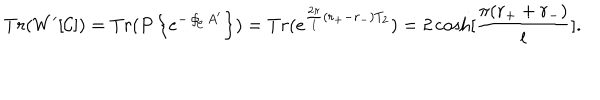
T r ( W ^ { \prime } [ { \cal C } ] ) = T r ( P \left\{ e ^ { - \oint _ { \cal C } A ^ { \prime } } \right\} ) = T r ( e ^ { { { \frac { 2 \pi } { l } } ( r _ { + } - r _ { - } ) } T _ { 2 } } ) = 2 \cosh [ { \frac { \pi ( r _ { + } + r _ { - } ) } { l } } ] .